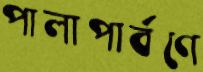
পালাপার্বণে